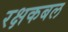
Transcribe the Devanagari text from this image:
रक्षकबल